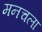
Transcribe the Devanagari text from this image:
मनचला